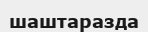
шаштаразда